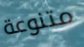
متنوعة